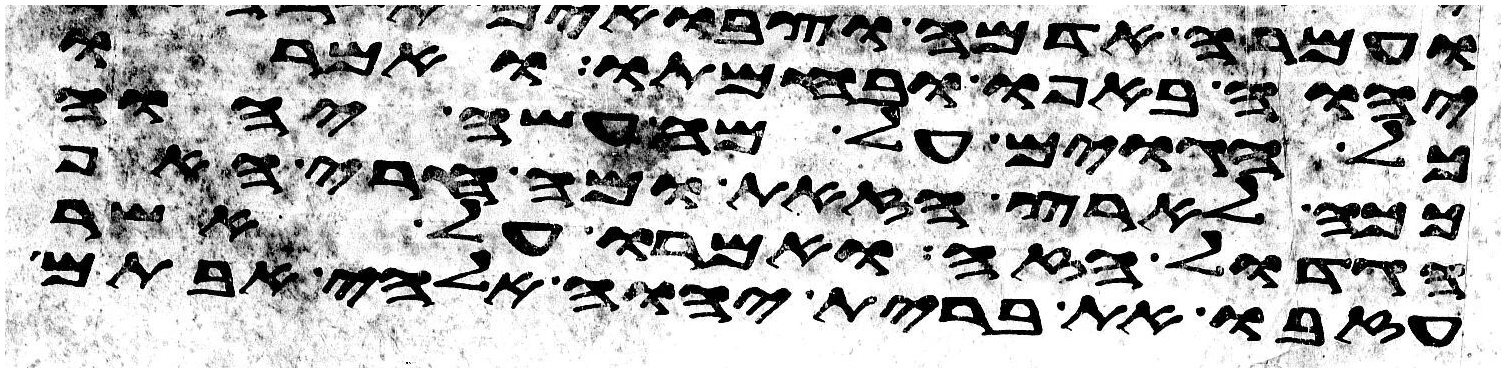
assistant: יהוה באפו ובחמתו ואמרו
כל הגוים על מה עשה יהוה
ככה לארץ הזאת ומה חרי האף
הגדול הזה ואמרו על אשר
עזבו את ברית יהוה אלהי אבותם